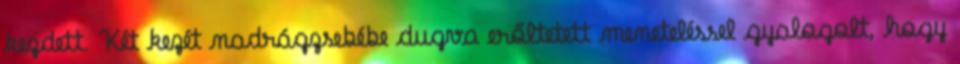
kezdett. Két kezét nadrágzsebébe dugva erőltetett meneteléssel gyalogolt, hogy